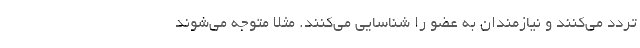
تردد می‌کنند و نیازمندان به عضو را شناسایی می‌کنند. مثلا متوجه می‌شوند